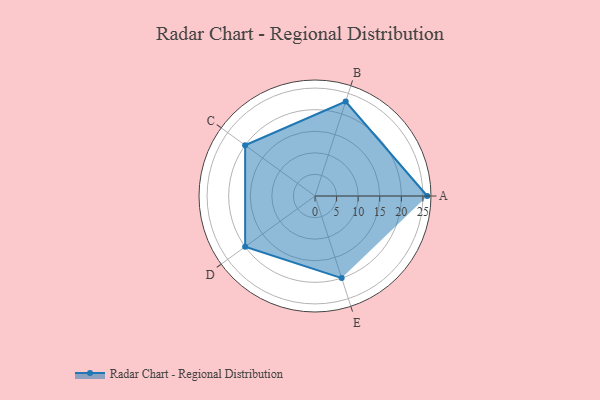
{"axis": {"x": "Skill", "y": "Score"}, "legend": ["Profile"], "data": [{"x": "A", "y": 26.0, "type": "Profile"}, {"x": "B", "y": 23.0, "type": "Profile"}, {"x": "C", "y": 20.0, "type": "Profile"}, {"x": "D", "y": 20, "type": "Profile"}, {"x": "E", "y": 20, "type": "Profile"}]}